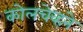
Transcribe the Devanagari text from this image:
कोलचेव्हने